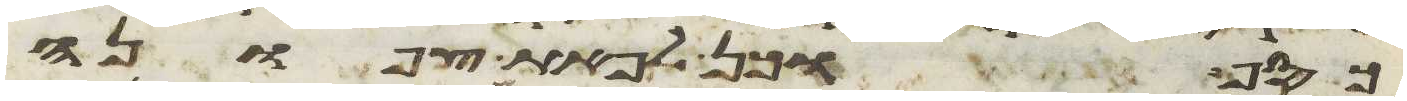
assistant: כסף וכן לפאת צפונה